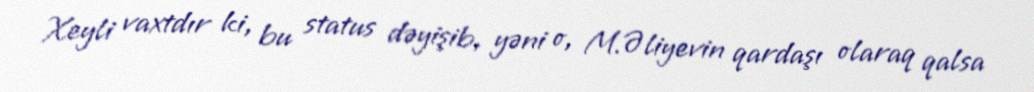
Xeyli vaxtdır ki, bu status dəyişib, yəni o, M.Əliyevin qardaşı olaraq qalsa